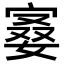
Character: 𪧙